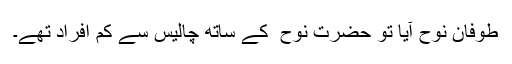
طوفانِ نوح آیا تو حضرت نوح ؑ کے ساتھ چالیس سے کم افراد تھے۔